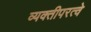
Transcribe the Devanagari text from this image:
व्यक्तीपरत्वे